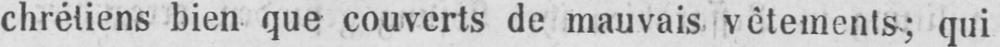
chrétiens bien que couverts de mauvais vètements; qui